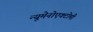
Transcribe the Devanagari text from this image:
न्यूमेनोएक्टोमी